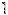
1